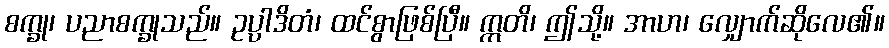
စက္ခု၊ ပညာစက္ခုသည်။ ဥပ္ပါဒိတံ၊ ထင်စွာဖြစ်ပြီ။ ဣတိ၊ ဤသို့။ အာဟ၊ လျှောက်ဆိုလေ၏။